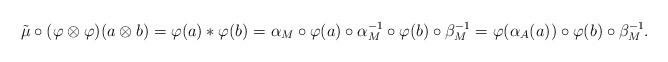
LaTeX: \begin{gather*}\tilde{\mu }\circ (\varphi \otimes \varphi )(a\otimes b)=\varphi(a)*\varphi (b)=\alpha _M\circ \varphi (a)\circ \alpha _M^{-1}\circ \varphi (b)\circ\beta _M^{-1}=\varphi (\alpha _A(a))\circ \varphi (b)\circ \beta _M^{-1}.\end{gather*}